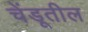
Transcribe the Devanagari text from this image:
चेंडूतील